Annual report of lunatic asylums [Bombay] - 1912-1922
Year: 1912
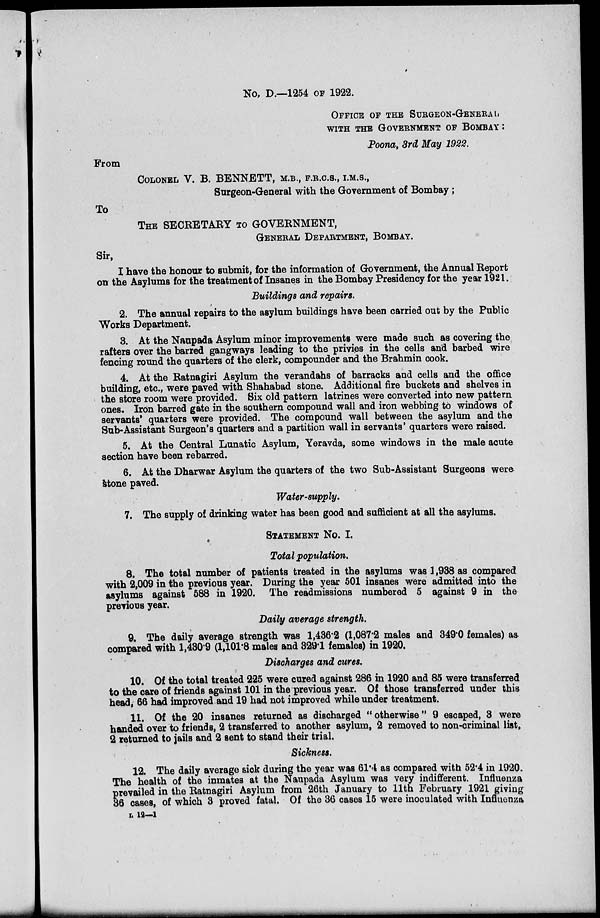
No, D.—1254 OF 1922.
OFFICE OF THE SURGEON-GENERAL
WITH THE GOVERNMENT OF BOMBAY:
Poona, 3rd May 1922.
From
COLONEL V. B. BENNETT, M.B., F.R.C.S., I.M.S.,
Surgeon-General with the Government of Bombay;
To
THE SECRETARY TO GOVERNMENT,
GENERAL DEPARTMENT, BOMBAY.
Sir,
I have the honour to submit, for the information of Government, the Annual Report
on the Asylums for the treatment of Insanes in the Bombay Presidency for the year 1921.
Buildings and repairs.
2. The annual repairs to the asylum buildings have been carried out by the Public
Works Department.
3. At the Naupada Asylum minor improvements were made such as covering the
rafters over the barred gangways leading to the privies in the cells and barbed wire
fencing round the quarters of the clerk, compounder and the Brahmin cook.
4. At the Ratnagiri Asylum the verandahs of barracks and cells and the office
building, etc., were paved with Shahabad stone. Additional fire buckets and shelves in
the store room were provided. Six old pattern latrines were converted into new pattern
ones. Iron barred gate in the southern compound wall and iron webbing to windows of
servants' quarters were provided. The compound wall between the asylum and the
Sub-Assistant Surgeon's quarters and a partition wall in servants' quarters were raised.
5. At the Central Lunatic Asylum, Yeravda, some windows in the male acute
section have been rebarred.
6. At the Dharwar Asylum the quarters of the two Sub-Assistant Surgeons were
stone paved.
Water-supply.
7. The supply of drinking water has been good and sufficient at all the asylums.
STATEMENT NO. I.
Total population.
8. The total number of patients treated in the asylums was 1,938 as compared
with 2,009 in the previous year. During the year 501 insanes were admitted into the
asylums against 588 in 1920. The readmissions numbered 5 against 9 in the
previous year.
Daily average strength.
9. The daily average strength was 1,436.2 (1,087.2 males and 349.0 females) as
compared with 1,430.9 (1,101.8 males and 329.1 females) in 1920.
Discharges and cures.
10. Of the total treated 2.25 were cured against 286 in 1920 and 85 were transferred
to the care of friends against 101 in the previous year. Of those transferred under this
head, 66 had improved and 19 had not improved while under treatment.
11. Of the 20 insanes returned as discharged "otherwise" 9 escaped, 3 were
handed over to friends, 2 transferred to another asylum, 2 removed to non-criminal list,
2 returned to jails and 2 sent to stand their trial.
Sickness.
12. The daily average sick during the year was 61.4 as compared with 52.4 in 1920.
The health of the inmates at the Naupada Asylum was very indifferent. Influenza
prevailed in the Ratnagiri Asylum from 26th January to 11th February 1921 giving
36 cases, of which 3 proved fatal. Of the 36 cases 15 were inoculated with Influenza
L 12—1